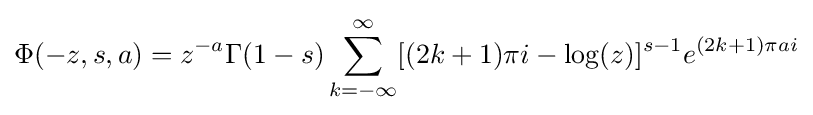
\Phi (-z,s,a)=z^{-a}\Gamma (1-s)\sum _{k=-\infty }^{\infty }[(2k+1)\pi i-\log(z)]^{s-1}e^{(2k+1)\pi ai}